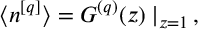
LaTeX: \langle n ^ { [ q ] } \rangle = G ^ { ( q ) } ( z ) \mid _ { z = 1 } \, ,